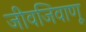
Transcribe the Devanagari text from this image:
जीवजिवाणू